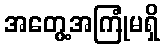
အတွေ့အကြုံမရှိ